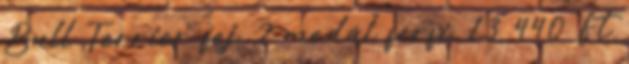
Bull Terrier fej 2 medál férfi 13 440 Ft